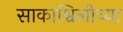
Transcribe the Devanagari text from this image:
साकाश्विलीच्या